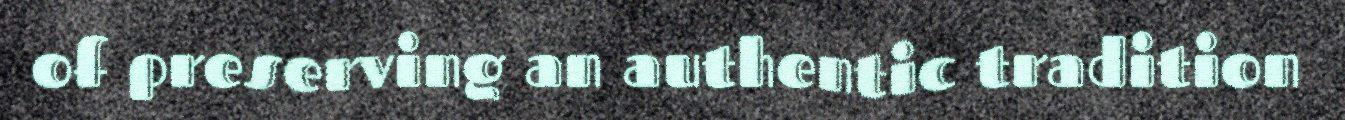
of preserving an authentic tradition